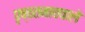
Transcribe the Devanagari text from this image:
पृष्ठतनाववाले